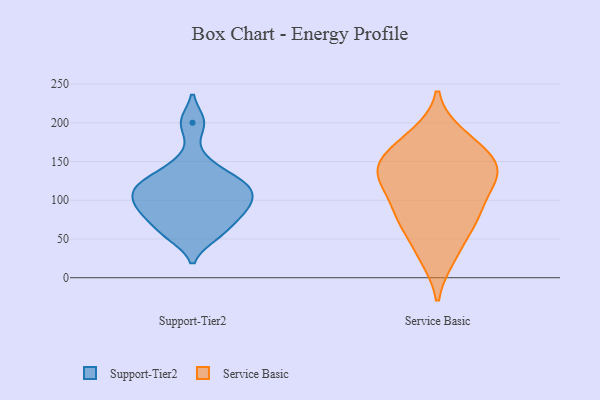
{"axis": {"x": "Active Users", "y": "Value"}, "legend": ["Service Basic", "Support-Tier2"], "data": [{"x": "", "y": 200, "type": "Support-Tier2"}, {"x": "", "y": 121, "type": "Support-Tier2"}, {"x": "", "y": 123, "type": "Support-Tier2"}, {"x": "", "y": 90, "type": "Support-Tier2"}, {"x": "", "y": 108, "type": "Support-Tier2"}, {"x": "", "y": 55, "type": "Support-Tier2"}, {"x": "", "y": 114, "type": "Support-Tier2"}, {"x": "", "y": 89, "type": "Support-Tier2"}, {"x": "", "y": 84, "type": "Support-Tier2"}, {"x": "", "y": 146, "type": "Support-Tier2"}, {"x": "", "y": 61, "type": "Support-Tier2"}, {"x": "", "y": 130, "type": "Service Basic"}, {"x": "", "y": 68, "type": "Service Basic"}, {"x": "", "y": 86, "type": "Service Basic"}, {"x": "", "y": 180, "type": "Service Basic"}, {"x": "", "y": 27, "type": "Service Basic"}, {"x": "", "y": 75, "type": "Service Basic"}, {"x": "", "y": 151, "type": "Service Basic"}, {"x": "", "y": 125, "type": "Service Basic"}, {"x": "", "y": 184, "type": "Service Basic"}, {"x": "", "y": 123, "type": "Service Basic"}, {"x": "", "y": 150, "type": "Service Basic"}, {"x": "", "y": 30, "type": "Service Basic"}, {"x": "", "y": 74, "type": "Service Basic"}, {"x": "", "y": 93, "type": "Service Basic"}, {"x": "", "y": 125, "type": "Service Basic"}, {"x": "", "y": 146, "type": "Service Basic"}, {"x": "", "y": 167, "type": "Service Basic"}, {"x": "", "y": 141, "type": "Service Basic"}]}